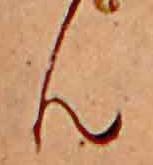
ん